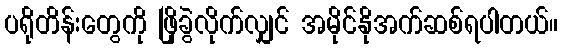
ပရိုတိန်းတွေကို ဖြိုခွဲလိုက်လျှင် အမိုင်နိုအက်ဆစ်ရပါတယ်။